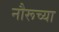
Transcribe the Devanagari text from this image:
नौरूच्या